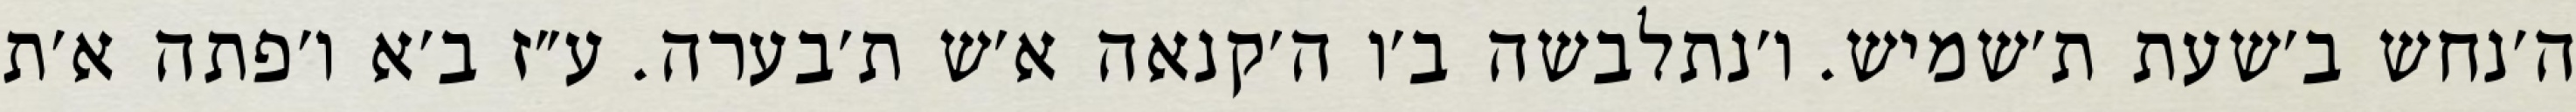
ה׳נחש ב׳שעת ת׳שמיש. ו׳נתלבשה ב׳ו ה׳קנאה א׳ש ת׳בערה. ע״ז ב׳א ו׳פתה א׳ת